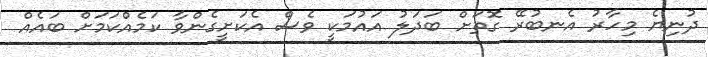
ދުނިޔެ މިހާރު އެނބުރޭ ގޮތަށް ބަދަލު އައުމަކީ ވެސް އެކަށީގެންވާ ކަމެއްކަމަށް ބައެއް